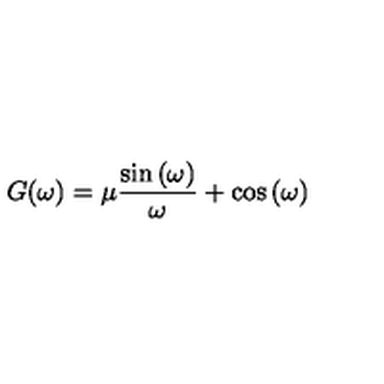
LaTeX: G ( \omega ) = \mu \frac { \sin \left( \omega \right) } { \omega } + \cos \left( \omega \right)